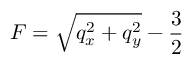
F = \sqrt { \smash [ b ] { q _ { x } ^ { 2 } + q _ { y } ^ { 2 } } } - \frac 3 2